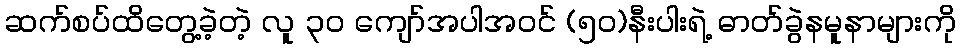
ဆက်စပ်ထိတွေ့ခဲ့တဲ့ လူ ၃၀ ကျော်အပါအဝင် (၅၀)နီးပါးရဲ့ ဓာတ်ခွဲနမူနာများကို